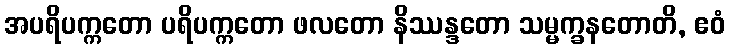
အပရိပက္ကတော ပရိပက္ကတော ဖလတော နိဿန္ဒတော သမ္မက္ခနတောတိ, ဧဝံ